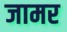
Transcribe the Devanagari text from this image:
जामर